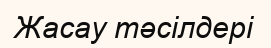
Жасау тәсілдері